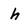
Character: h